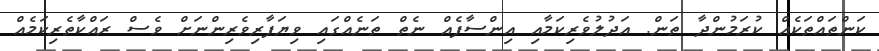
ކަންތައްތަކެއް ކުރަމުންދާ ތަން. އަދުލުވެރިކަމާއި އިންސާފެއް ނެތް ތަނެއްގައި ވިޔަފާރިވެރިންނަށް ވެސް ރައްކާތެރިކަމެއް